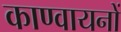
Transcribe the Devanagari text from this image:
काण्वायनों